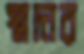
স্মদার